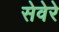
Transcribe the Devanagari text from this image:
सेवेरे